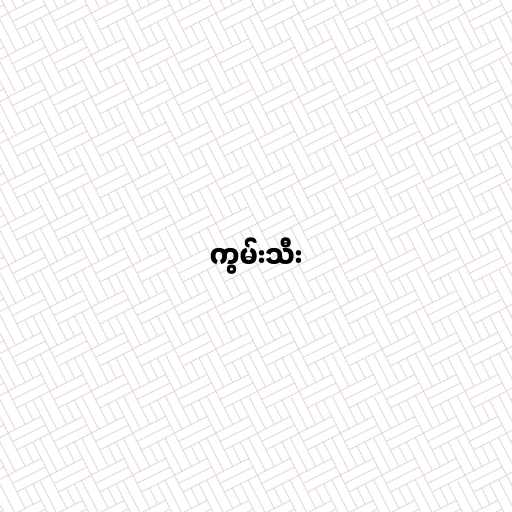
ကွမ်းသီး